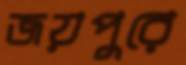
জয়পুরে